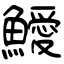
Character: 鱫